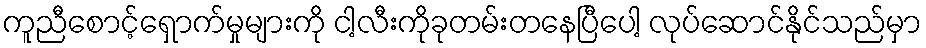
ကူညီစောင့်ရှောက်မှုများကို ငါ့လီးကိုခုတမ်းတနေပြီပေါ့ လုပ်ဆောင်နိုင်သည်မှာ